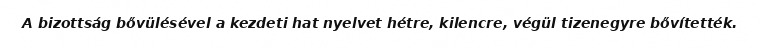
A bizottság bővülésével a kezdeti hat nyelvet hétre, kilencre, végül tizenegyre bővítették.